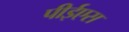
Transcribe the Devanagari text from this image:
पीईएस